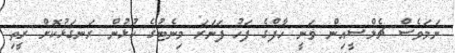
ނަމަވެސް ޗެލްސީއިން ވަނީ ހާފްގެ ފަހު ފަނަރަ މިނެޓުގެ ކުޅުން ރަނގަޅުކޮށް ރީތި